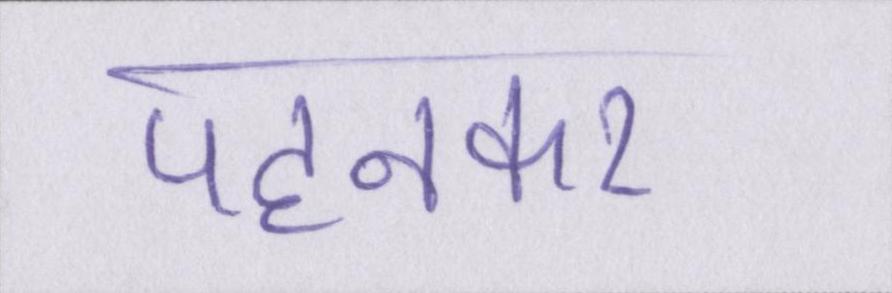
पहनकर